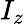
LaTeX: I_{z}